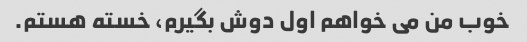
خوب من می خواهم اول دوش بگیرم، خسته هستم.